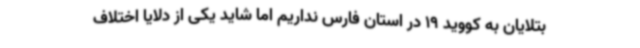
بتلایان به کووید 19 در استان فارس نداریم اما شاید یکی از دلایا اختلاف